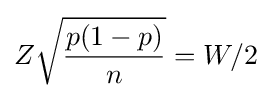
Z{\sqrt {\frac {p(1-p)}{n}}}=W/2